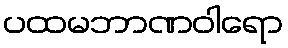
ပထမဘာဏဝါရော